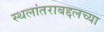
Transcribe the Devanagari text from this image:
स्थलांतराबद्दलच्या